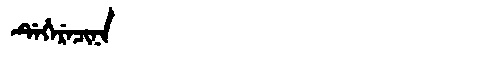
Manchu: ᡩᡝᡥᡝᡵᡝᠴᡳᠨᠠ
Romanization: DEHERECINA